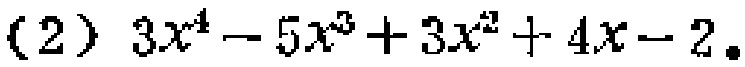
(2) \(3x^{4}-5x^{3}+3x^{2}+4x - 2\)